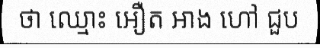
ថា ឈ្មោះ អឿត អាង ហៅ ជួប